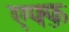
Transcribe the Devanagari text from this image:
एफ्फ़